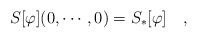
\begin{align*}S[\varphi](0,\cdots,0)=S_*[\varphi]\quad,\end{align*}